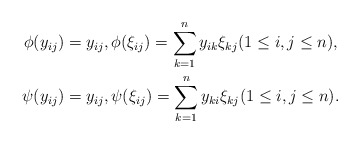
\begin{align*}\phi(y_{ij}) &= y_{ij}, \phi(\xi_{ij}) = \sum_{k=1}^n y_{ik}\xi_{kj} (1\leq i, j \leq n),\\\psi(y_{ij}) &= y_{ij}, \psi(\xi_{ij}) = \sum_{k=1}^n y_{ki}\xi_{kj} (1\leq i, j \leq n).\end{align*}